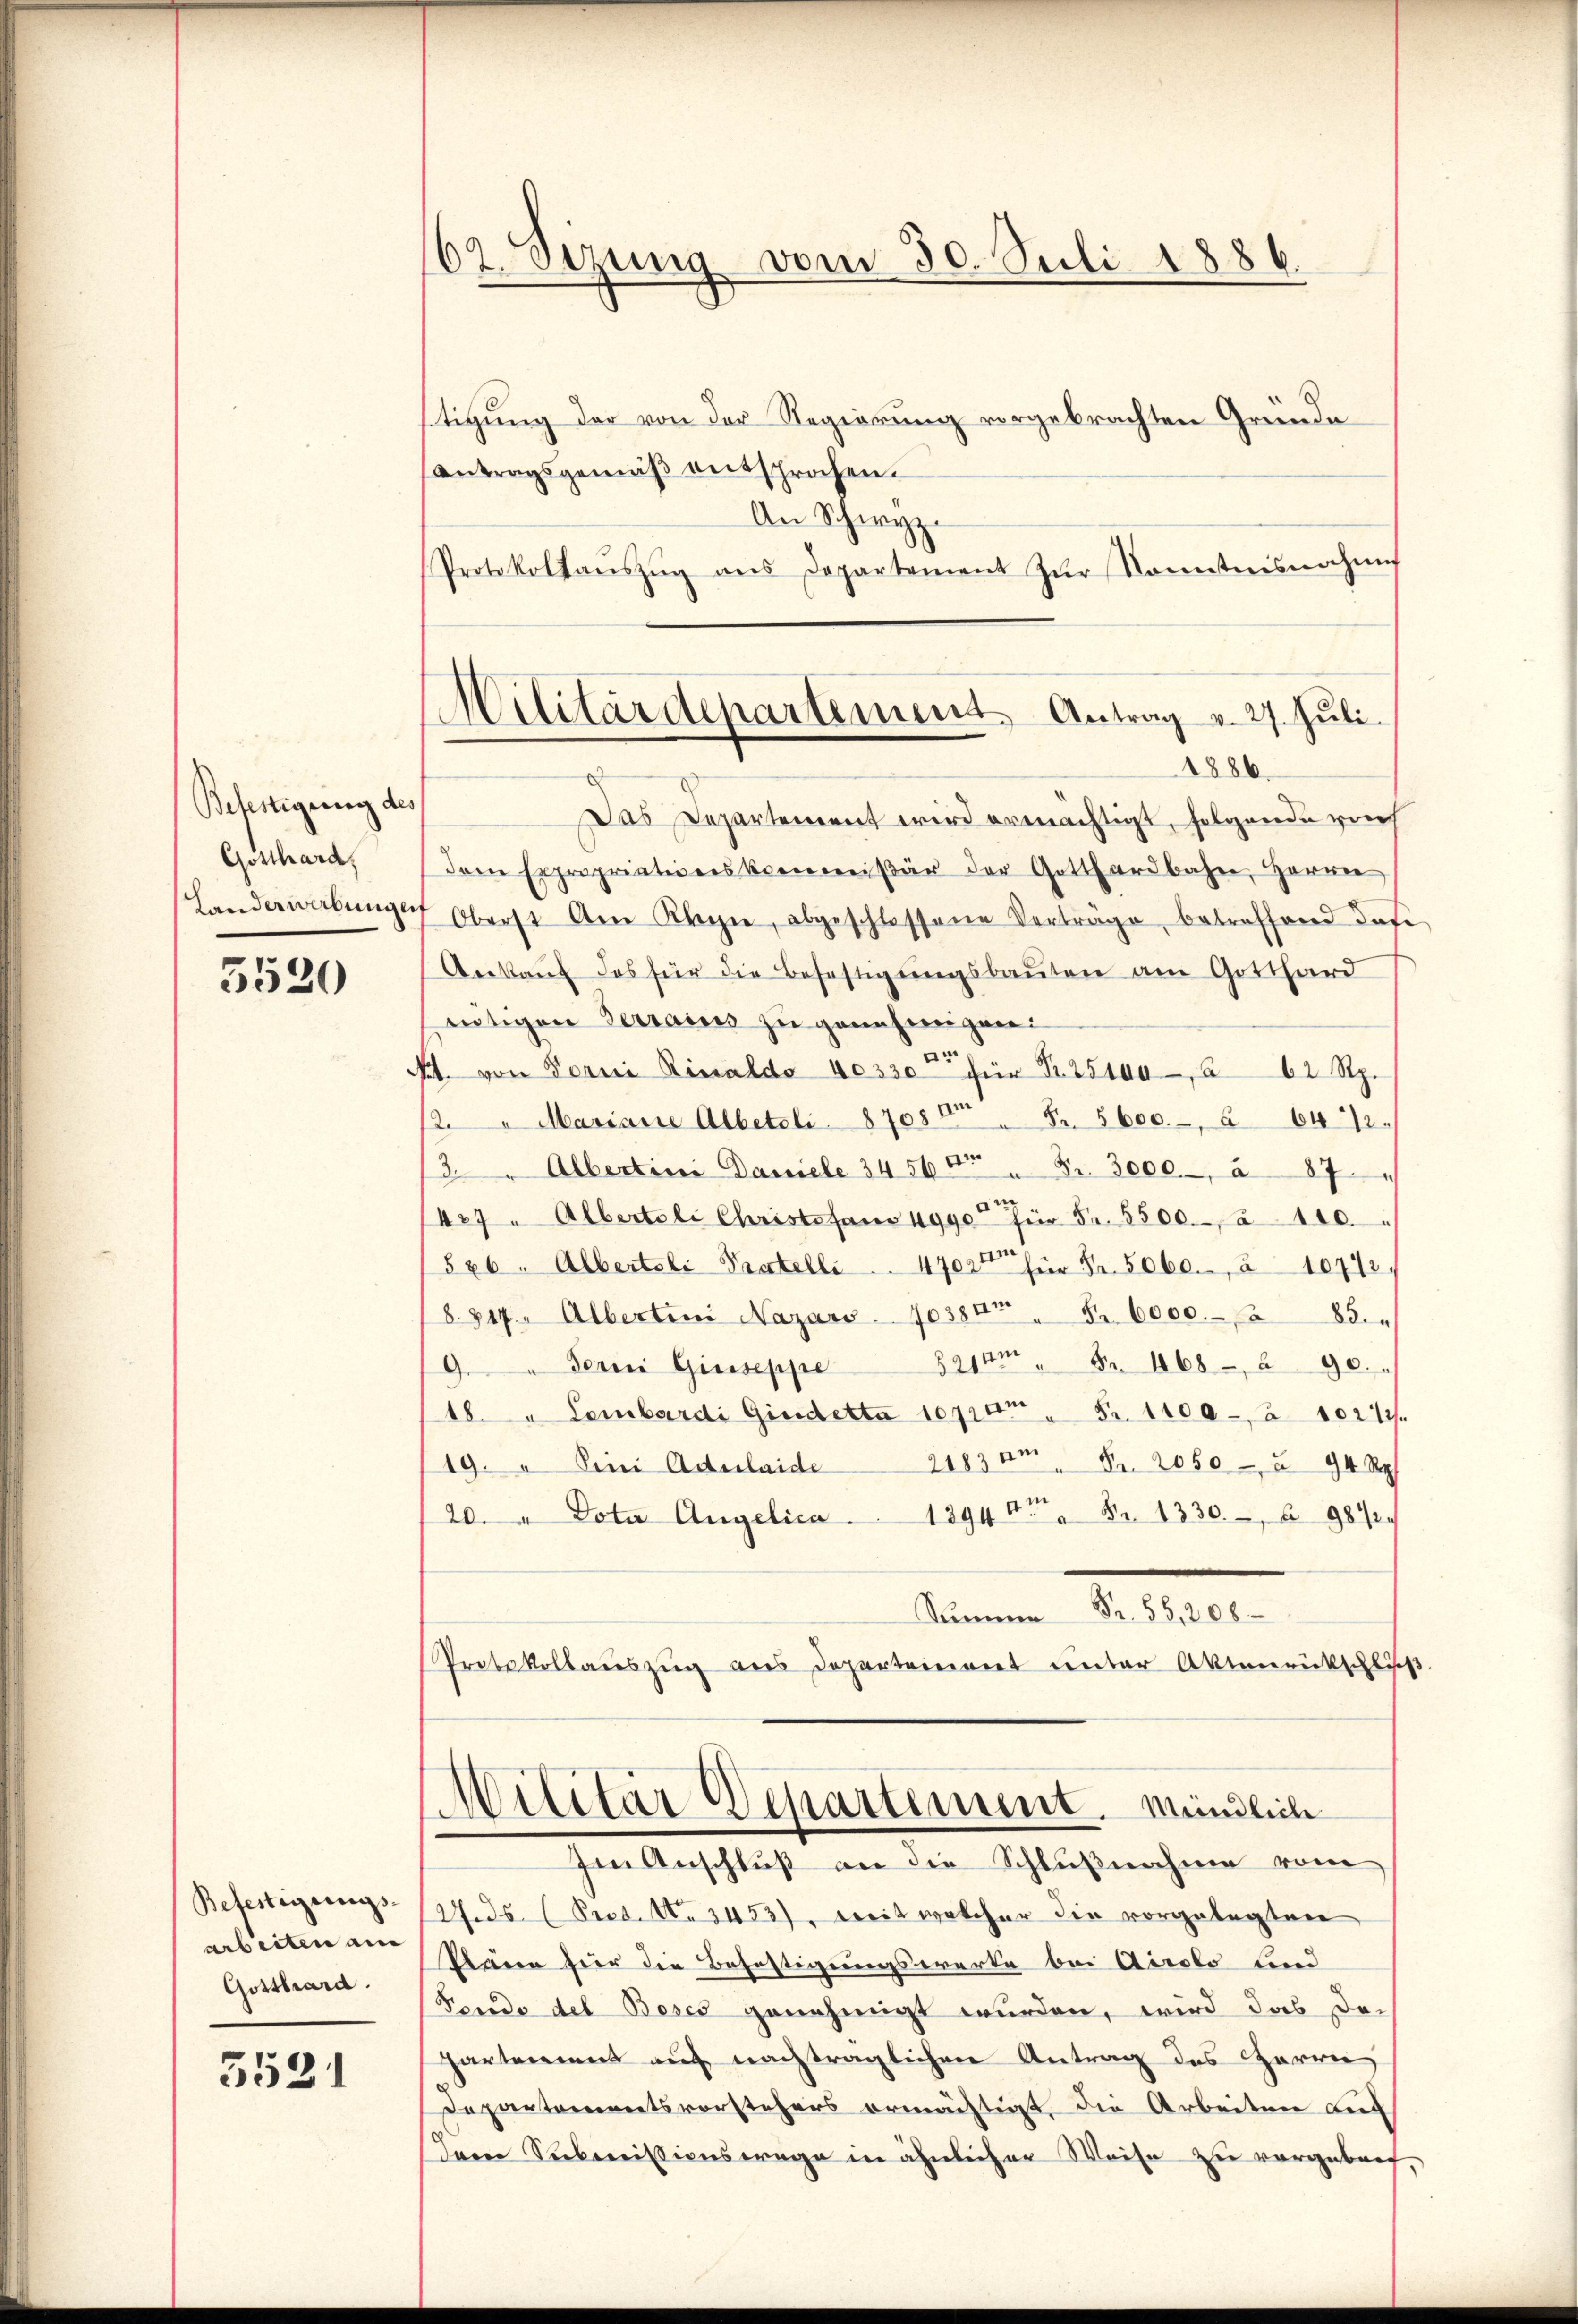
Befestigung des
Gotthard,
Landerwerbungen

5520

Befestigungs-
arbeiten am
Gotthard.

3521

62. Sezung vom 30. Juli 1886.

Militärdepartement. Antrag v. 27. Juli.
1886.

stigung der von der Regierung vorgebrachten Gründe
antragsgemäß entsprochen.
An Schwyz.
Protokollaŭszŭg ans Departement zŭr Sonntnisnahms
Das Departement wird ermächtigt, folgende rech
dem Expropriationskommißär der Gotthardbahn, Herrn
7 Oberst am Rhyne, abgeschlossene Verträge, betreffend dase
Ankaŭf das für die Befestigŭngsbaŭten am Gotthard
eutigen Terrains zu genehmigen:
pt. von Forni Rinaldo 40330 für Fr. 25100, 662 Rp.
2. " Mariaire Albeteli 8708 " Fr. 5600. 642.
13. " Albertini Daniele 34 565 " Fr. 3000.- a 87
427. Albertoli Christefan 4990 für Fr. 5500. à 100.
526 " Alberteli Pratelli . . 4702t für Fr. 5060. à 10742,
§. 217. " Albertini Nazars. 1038 " Fr. 6000.- 85.
9." Derni Giuseppe 3214m " Fr. 468. 590.
48. " Lombardi Girdetta 10910 " Fr. 1100 à 10212/
19. " Sini Adulaide 2183 am Fr. 2050 - u 94 Rp
20. " Vota Angelica. 1294t" Nr. 1330 § 9872
Summe S. 55,208
Protokollaŭszŭg ans Departeient unter Aktenrückschluss
Militär Departement. Mündlich
Im Anschluß an die Schlußnahme vom
14.35. (Pect. No 3453), weit welcher die vorgelegten
Plänen für die Befestigungswerke bei Airolo und
Fende des Beses genehmigt wurden, wird das De-
partement auf nachträglichen Antrag des Herrn
Departementsvorstehers ermächtigt, die Arbeiten auf
dem Submissionswage in ähnlicher Weise zu vorgebroch